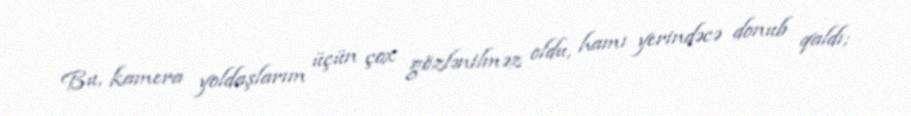
Bu, kamera yoldaşlarım üçün çox gözlənilməz oldu, hamı yerindəcə donub qaldı;